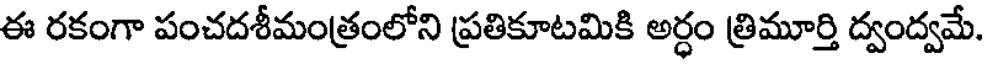
ఈ రకంగా పంచదశీమంత్రంలోని ప్రతికూటమికి అర్ధం త్రిమూర్తి ద్వంద్వమే.